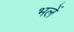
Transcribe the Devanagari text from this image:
भलें